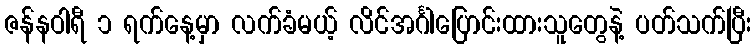
ဇန်နဝါရီ ၁ ရက်နေ့မှာ လက်ခံမယ့် လိင်အင်္ဂါပြောင်းထားသူတွေနဲ့ ပတ်သက်ပြီး